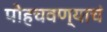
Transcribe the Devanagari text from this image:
पोहचवण्याचं